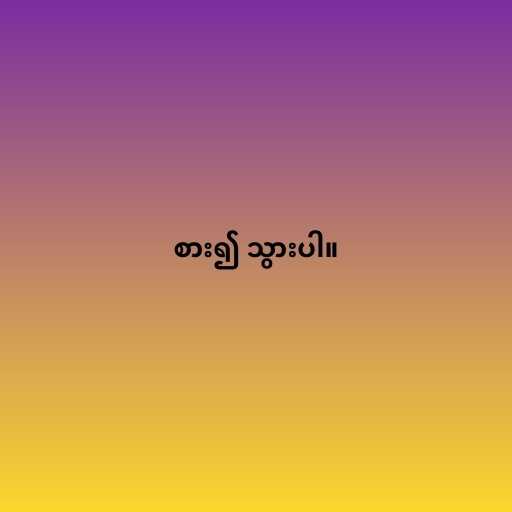
စား၍ သွားပါ။